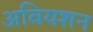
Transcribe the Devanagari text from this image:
अवियशन